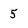
Character: 5